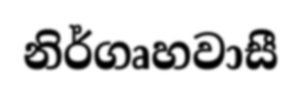
නිර්ගෘහවාසී